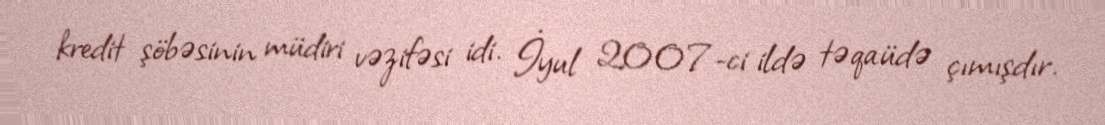
kredit şöbəsinin müdiri vəzifəsi idi. İyul 2007-ci ildə təqaüdə çımışdır.